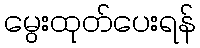
မွေးထုတ်ပေးရန်